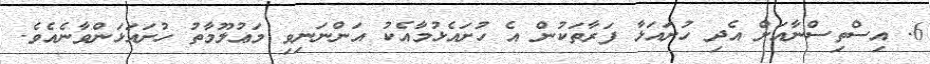
6. އިސްތިސްނާއަށް އެދި ހުށައަޅާ ފަރާތަކުން އެ ހުށައެޅުމާއެކު އަންނަނިވި މަޢުލޫމާތު ހުށައަޅަންވާނެއެވެ.